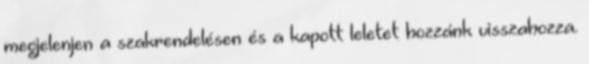
megjelenjen a szakrendelésen és a kapott leletet hozzánk visszahozza.